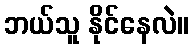
ဘယ်သူ နိုင်နေလဲ။